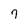
Character: 7